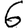
Digit: 6